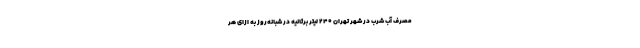
مصرف آب شرب در شهر تهران ۲۴۰ لیتر برثانیه در شبانه‌روز به ازای هر